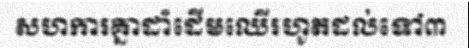
សហការគ្នាដាំដើមឈើរហូតដល់ទៅ៣